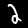
Label: 2